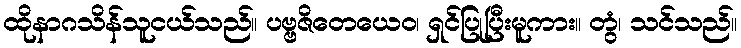
ထိုနာဂသိန်သူငယ်သည်။ ပဗ္ဗဇိတေယေဝ၊ ရှင်ပြုပြီးမူကား။ တွံ၊ သင်သည်။